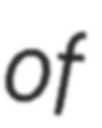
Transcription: of